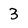
Character: 3